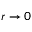
r \rightarrow 0